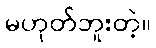
မဟုတ်ဘူးတဲ့။